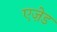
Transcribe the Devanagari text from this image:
एज़ेड